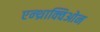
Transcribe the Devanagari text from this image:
एन्थ्राक्विओन